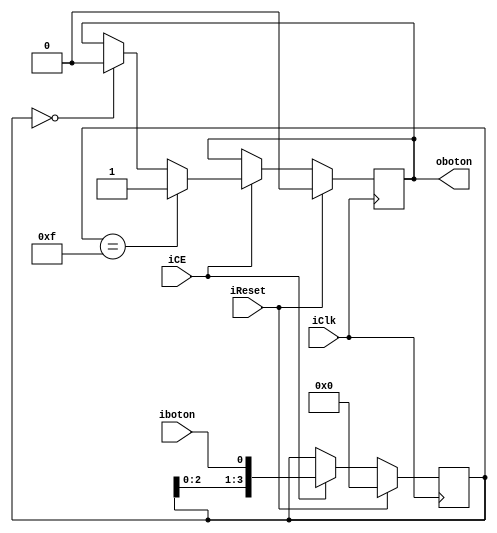
`timescale 1ns / 1ps
//////////////////////////////////////////////////////////////////////////////////
// Company: 
// Engineer: 
// 
// Design Name: 
// Module Name:    debouncer 
// Project Name: 
// Target Devices: 
// Tool versions: 
// Description: 
//
// Dependencies: 
//
// Revision: 
// Revision 0.01 - File Created
// Additional Comments: 
//
//////////////////////////////////////////////////////////////////////////////////
module debouncer(
input iCE,
input iClk,
input iReset,
input iboton,
output oboton
    );
	 
	 reg[3:0]rvdb_D=0;
	 reg[3:0]rvdb_Q=0;
	 reg rout_D=0;
	 reg rout_Q=0;
	 
	 assign oboton=rout_Q;
	 
always @(posedge iClk)
begin
	if(iReset)
	begin
		rvdb_Q<=4'd0;
		rout_Q<=1'b0;
	end
	else
	begin
		if(iCE)
		begin
			rvdb_Q<=rvdb_D;
			rout_Q<=rout_D;
		end
		else
		begin
			rvdb_Q<=rvdb_Q;
			rout_Q<=rout_Q;
		end
	end
end

always@*
begin
	rvdb_D[0]=iboton;
	rvdb_D[1]=rvdb_Q[0];
	rvdb_D[2]=rvdb_Q[1];
	rvdb_D[3]=rvdb_Q[2];
	if(rvdb_Q==4'b1111)
	begin
		rout_D=1'b1;
	end
	else if(rvdb_Q==4'b0000)
	begin
		rout_D=1'b0;
	end
	else
	begin
	rout_D=rout_Q;
	end
end


endmodule